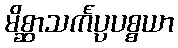
မိစ္ဆာသင်္ကပ္ပပစ္စယာ